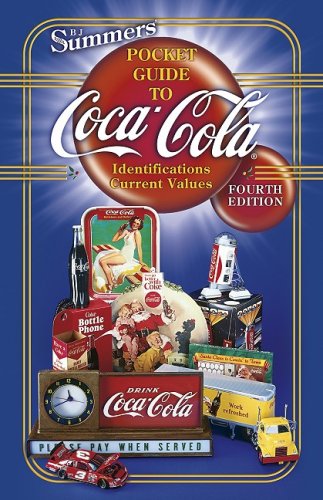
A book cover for Summers Pocket Guide to Coca-Cola (B. J. Summers' Pocket Guide to Coca-Cola); B. J. Summers; Crafts, Hobbies & Home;